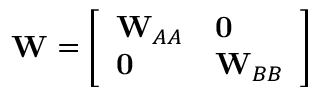
\mathbf { W } = \left[ \begin{array} { l l } { \mathbf { W } _ { A A } } & { \mathbf { 0 } } \\ { \mathbf { 0 } } & { \mathbf { W } _ { B B } } \end{array} \right]